Annual administration report of the Civil Veterinary Department of India - 1897-1898
Year: 1897
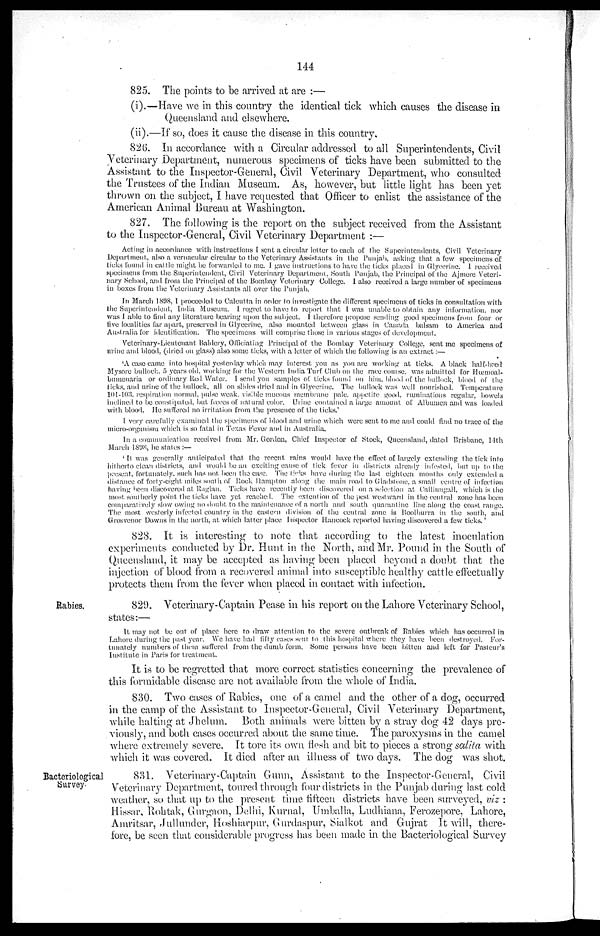
144
825. The points to be arrived at are:—
(i).—Have we in this country the identical tick which causes the disease in
Queensland and elsewhere.
(ii).—If so, does it cause the disease in this country.
826. In accordance with a Circular addressed to all Superintendents, Civil
Veterinary Department, numerous specimens of ticks have been submitted to the
Assistant to the Inspector-General, Civil Veterinary Department, who consulted
the Trustees of the Indian Museum. As, however, but little light has been yet
thrown on the subject, I have requested that Officer to enlist the assistance of the
American Animal Bureau at Washington.
827. The following is the report on the subject received from the Assistant
to the Inspector-General, Civil Veterinary Department:—
Acting in accordance with instructions I sent a circular letter to each of the Superintendents, Civil Veterinary
Department, also a vernacular circular to the Veterinary Assistants in the Punjab, asking that a few specimens of
ticks found in cattle might be forwarded to me. I gave instructions to have the ticks placed in Glycerine. I received
specimens from the Superintendent, Civil Veterinary Department, South Punjab, the Principal of the Ajmere Veteri-
nary School, and from the Principal of the Bombay Veterinary College. I also received a large number of specimens
in boxes from the Veterinary Assistants all over the Punjab,
In March 1.898, I proceeded to Calcutta in order to investigate the different specimens of ticks in consultation with
the Superintendent, India Museum. I regret to have to report that I was unable to obtain any information, nor
was I able to find any literature bearing upon the subject. I therefore propose sending good specimens from four or
five localities far apart, preserved in Glycerine, also mounted between glass in Canada balsam to America and
Australia for identification. The specimens will comprise those in various stages of development.
Veterinary-Lieutenant Baldery, Officiating Principal of the Bombay Veterinary College, sent me specimens of
urine and blood, (dried on glass) also some ticks, with a letter of which the following is an extract:—
'A case came into hospital yesterday which may interest you as you are working at ticks. A black half-bred
Mysore bullock, 5 years old, working for the Western India Turf Club on the race course, was admitted for Hœmoal-
bumenaria or ordinary Red Water. I send you samples of ticks found on him, blood of the bullock, blood of the
ticks, and urine of the bullock, all on slides dried and in Glycerine. The bullock was well nourished. Temperature
101-103. respiration normal, pulse weak, visible mucous membrane pale, appetite good, ruminations regular, bowels
inclined to be constipated, but fœces of natural color. Urine contained a large amount of Albumen and was loaded
with blood. He suffered no irritation from the presence of the ticks.'
I very carefully examined the specimens of blood and urine which were sent to me and could find no trace of the
micro-organism which is so fatal in Texas Fever and in Australia.
In a communication received from Mr. Gordon, Chief Inspector of Stock, Queensland, dated Brisbane, 14th
March 1898, he states:—
'It was generally anticipated that the recent rains would have the effect of largely extending the tick into
hitherto clean districts, and. would be an exciting cause of tick fever in districts already infested, but up to the
present, fortunately, such has not been the case. The ticks have during the last eighteen months only extended a
distance of forty-eight miles south of Rock Hampton along the main road to Gladstone, a small centre of infection
having been discovered at Raglan. Ticks have recently been discovered on a selection at Calliungall, which is the
most southerly point the ticks have yet reached. The extention of the pest west ward in the central zone has been
comparatively slow owing no doubt to the maintenance of a north and south quarantine line along the coast range.
The most westerly infected country in the eastern division of the central zone is Boolburra in the south, and
Grosvenor Downs in the north, at which latter pl exper i
ment s ace Inspector Hancock reported having discovered a few ticks.'
828. It is interesting to note that according to the latest inoculation
experiments conducted by Dr. Hunt in the North, and Mr. Pound in the South of
Queensland, it may be accepted as having been placed beyond a doubt that the
injection of blood from a recovered animal into susceptible healthy cattle effectually
protects them from the fever when placed in contact with infection.
Rabies.
829. Veterinary-Captain Pease in his report on the Lahore Veterinary School,
states:—
It may not be out of place here to draw attention to the severe outbreak of Rabies which has occurred in
Lahore during the past year. We have had fifty cases sent to this hospital where they have been destroyed. For-
tunately numbers of them suffered from the dumb form. Some persons have been bitten and left for Pasteur's
Institute in Paris for treatment.
It is to be regretted that more correct statistics concerning the prevalence of
this formidable disease are not available from the whole of India.
830. Two cases of Rabies, one of a camel and the other of a dog, occurred
in the camp of the Assistant to Inspector-General, Civil Veterinary Department,
while halting at Jhelum. Both animals were bitten by a stray dog 42 days pre-
viously, and both cases occurred about the same time. The paroxysms in the camel
where extremely severe. It tore its own flesh and bit to pieces a strong salita with
which it was covered. It died after an illness of two days. The dog was shot.
Bacteriological
Survey.
831. Veterinary-Captain Gunn, Assistant to the Inspector-General, Civil
Veterinary Department, toured through four districts in the Punjab during last cold
weather, so that up to the present time fifteen districts have been surveyed, viz:
Hissar, Rohtak, Gurgaon, Delhi, Kurnal,
Umballa, Ludhiana, Ferozepore, Lahore,
Amritsar, Jullhinder, Hoshiarpur, Gurdaspur, Sialkot and Gujrat It will, there-
fore, be seen that considerable progress has been made in the Bacteriological Survey